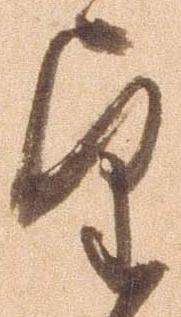
望